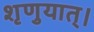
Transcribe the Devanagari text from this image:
शृणुयात्।